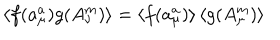
\left\langle f ( a _ { \mu } ^ { a } ) g ( A _ { \nu } ^ { m } ) \right\rangle = \left\langle f ( a _ { \mu } ^ { a } ) \right\rangle \left\langle g ( A _ { \mu } ^ { m } ) \right\rangle